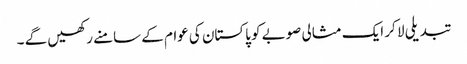
تبدیلی لا کر ایک مثالی صوبے کو پاکستان کی عوام کے سامنے رکھیں گے ۔